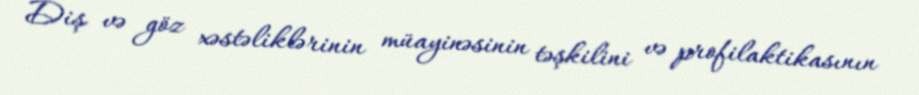
Diş və göz xəstəliklərinin müayinəsinin təşkilini və profilaktikasının